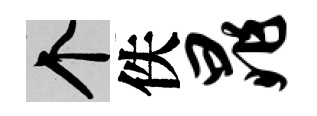
个佚晁